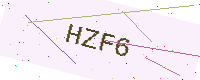
Text: HZF6